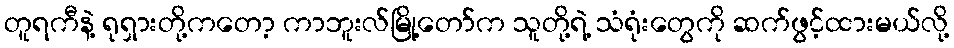
တူရကီနဲ့ ရုရှားတို့ကတော့ ကာဘူးလ်မြို့တော်က သူတို့ရဲ့ သံရုံးတွေကို ဆက်ဖွင့်ထားမယ်လို့